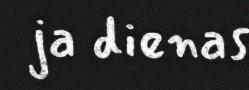
ja dienas